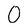
Character: 0